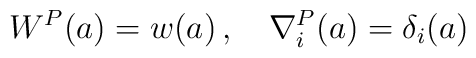
W^{P} (a) = w(a) \, , \quad \nabla^{P}_{i} (a) = \delta_{i}(a)